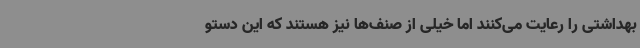
بهداشتی را رعایت می‌کنند اما خیلی از صنف‌ها نیز هستند که این دستو